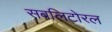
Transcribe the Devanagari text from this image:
सबलिटोरल